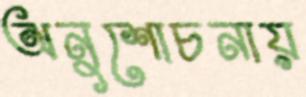
অনুশোচনায়